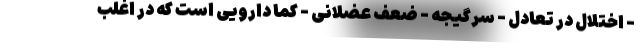
- اختلال در تعادل - سرگیجه - ضعف عضلانی - کما دارویی است که در اغلب